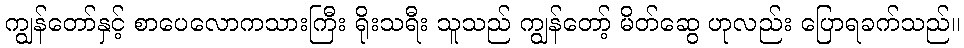
ကျွန်တော်နှင့် စာပေလောကသားကြီး ရိုးသရီး သူသည် ကျွန်တော့် မိတ်ဆွေ ဟုလည်း ပြောရခက်သည်။